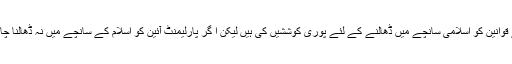
اسلامی نظریاتی کونسل نے قوانین کو اسلامی سانچے میں ڈھالنے کے لئے پوری کوششیں کی ہیں لیکن ا گر پارلیمنٹ آئین کو اسلام کے سانچے میں نہ ڈھالنا چاہے تو ہمارا کیا قصور ہے۔